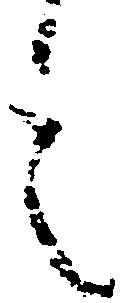
言